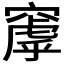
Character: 𬔑